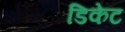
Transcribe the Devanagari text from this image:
डिकेट